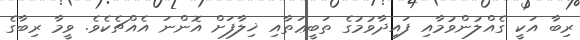
ރިބާ އަކީ ގެއްލުންވުމާއި ފައިދާވުމުގެ ތަބީޢަތާއި ޚިލާފަށް އޮންނަ އެއްޗެކެވެ. ވީމާ ރިބާގެ